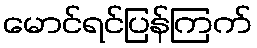
မောင်ရင်ပြန်ကြက်